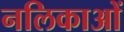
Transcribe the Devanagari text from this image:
नलिकाआें